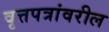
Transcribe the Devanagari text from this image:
वृत्तपत्रांवरील